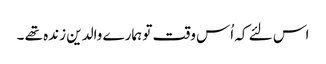
اس لئے کہ اُس وقت تو ہمارے والدین زندہ تھے ۔